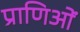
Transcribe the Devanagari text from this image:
प्राणिओं